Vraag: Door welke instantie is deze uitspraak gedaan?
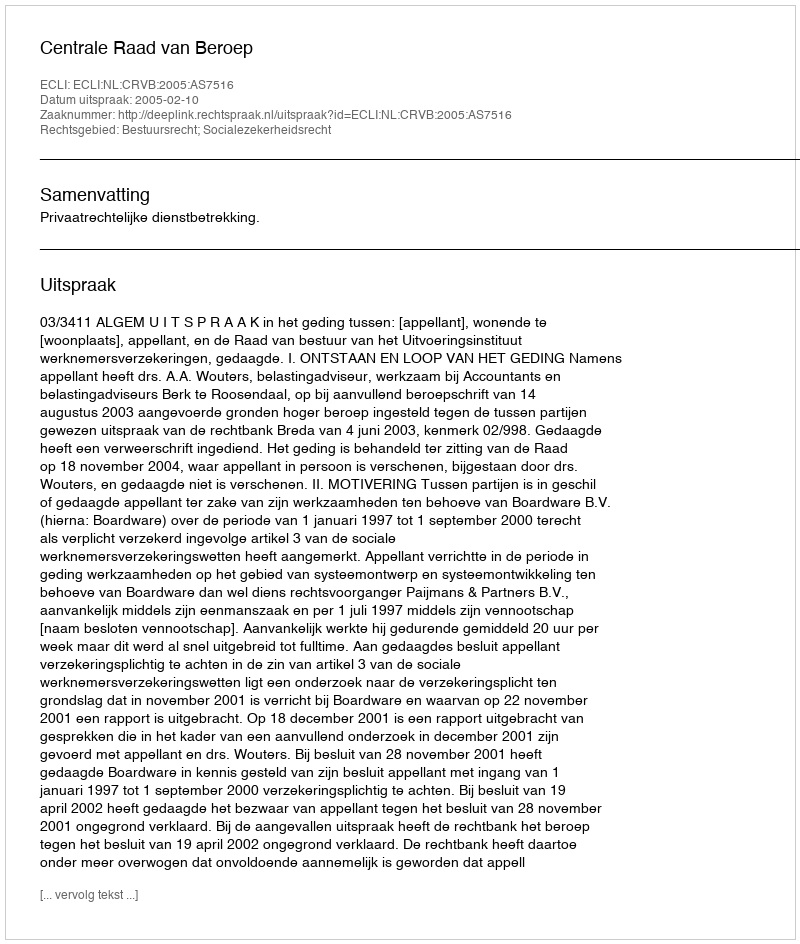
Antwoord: Centrale Raad van Beroep